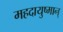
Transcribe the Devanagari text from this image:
महदायुष्मान्